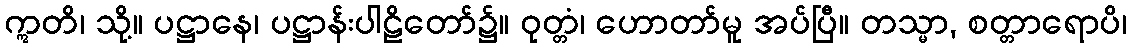
ဣတိ၊ သို့။ ပဋ္ဌာနေ၊ ပဋ္ဌာန်းပါဠိတော်၌။ ဝုတ္တံ၊ ဟောတာ်မူ အပ်ပြီ။ တသ္မာ, စတ္တာရောပိ၊